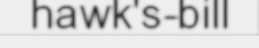
hawk's-bill